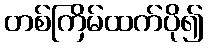
တစ်ကြိမ်ထက်ပို၍